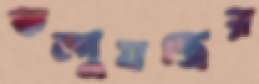
কম্পুযন্ত্রের